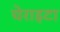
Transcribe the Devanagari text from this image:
चेराइटा